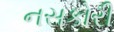
નસકોરી